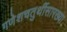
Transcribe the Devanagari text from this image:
गणेशचतुर्थीसारख्या